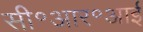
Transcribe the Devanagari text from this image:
सी॰आर॰आई